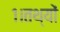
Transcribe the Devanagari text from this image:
१।तथ्यों